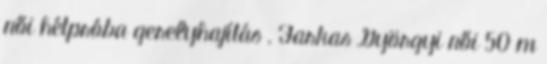
női hétpróba gerelyhajítás , Farkas Györgyi női 50 m